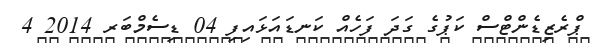
ޕްރެޒިޑެންޓްސް ކަޕުގެ ގަދަ ފަހެއް ކަނޑައަޅައިފި 04 ޑިސެމްބަރ 2014 4